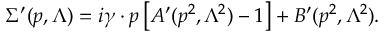
\Sigma ^ { \prime } ( p , \Lambda ) = i \gamma \cdot p \left[ A ^ { \prime } ( p ^ { 2 } , \Lambda ^ { 2 } ) - 1 \right] + B ^ { \prime } ( p ^ { 2 } , \Lambda ^ { 2 } ) .